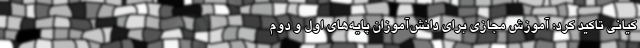
کیانی تاکید کرد: آموزش مجازی برای دانش‌آموزان پایه‌های اول و دوم